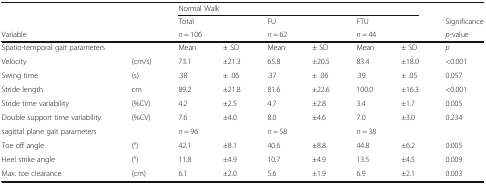
|  |  | <COLSPAN=6> Normal Walk |  |
 |  |  | <COLSPAN=2> Total | <COLSPAN=2> FU | <COLSPAN=2> FTU | Significance |
 | Variable |  | <COLSPAN=2> n = 106 | <COLSPAN=2> n = 62 | <COLSPAN=2> n = 44 | p-value |
 | --- | --- | --- | --- | --- | --- | --- | --- | --- |
 | Spatio-temporal gait parameters |  | Mean | ± SD | Mean | ± SD | Mean | ± SD | p |
 | Velocity | (cm/s) | 73.1 | ±21.3 | 65.8 | ±20.5 | 83.4 | ±18.0 | <0.001 |
 | Swing time | (s) | .38 | ± .06 | .37 | ± .06 | .39 | ± .05 | 0.057 |
 | Stride length | cm | 89.2 | ±21.8 | 81.6 | ±22.6 | 100.0 | ±16.3 | <0.001 |
 | Stride time variability | (%CV) | 4.2 | ±2.5 | 4.7 | ±2.8 | 3.4 | ±1.7 | 0.005 |
 | Double support time variability | (%CV) | 7.6 | ±4.0 | 8.0 | ±4.6 | 7.0 | ±3.0 | 0.234 |
 | sagittal plane gait parameters |  | <COLSPAN=2> n = 96 | <COLSPAN=2> n = 58 | <COLSPAN=2> n = 38 |  |
 | Toe off angle | (°) | 42.1 | ±8.1 | 40.6 | ±8.8 | 44.8 | ±6.2 | 0.005 |
 | Heel strike angle | (°) | 11.8 | ±4.9 | 10.7 | ±4.9 | 13.5 | ±4.5 | 0.009 |
 | Max. toe clearance | (cm) | 6.1 | ±2.0 | 5.6 | ±1.9 | 6.9 | ±2.1 | 0.003 |